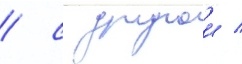
/ с другои /